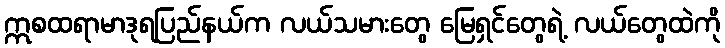
ဣစထရာမာဒုရပြည်နယ်က လယ်သမားတွေ မြေရှင်တွေရဲ့ လယ်တွေထဲကို